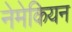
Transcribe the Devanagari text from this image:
नेमेकियन